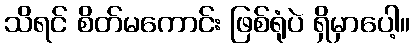
သိရင် စိတ်မကောင်း ဖြစ်ရုံပဲ ရှိမှာပေါ့။